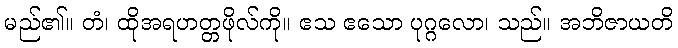
မည်၏။ တံ၊ ထိုအရဟတ္တဖိုလ်ကို။ ဧသ ဧသော ပုဂ္ဂလော၊ သည်။ အဘိဇာယတိ